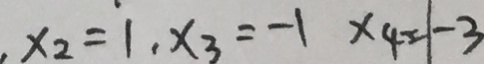
x _ { 2 } = 1 , x _ { 3 } = - 1 x _ { 4 } = - 3